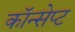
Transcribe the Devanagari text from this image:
कॉन्‍सेप्‍ट